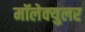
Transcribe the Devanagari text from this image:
मॉलेक्‍युलर